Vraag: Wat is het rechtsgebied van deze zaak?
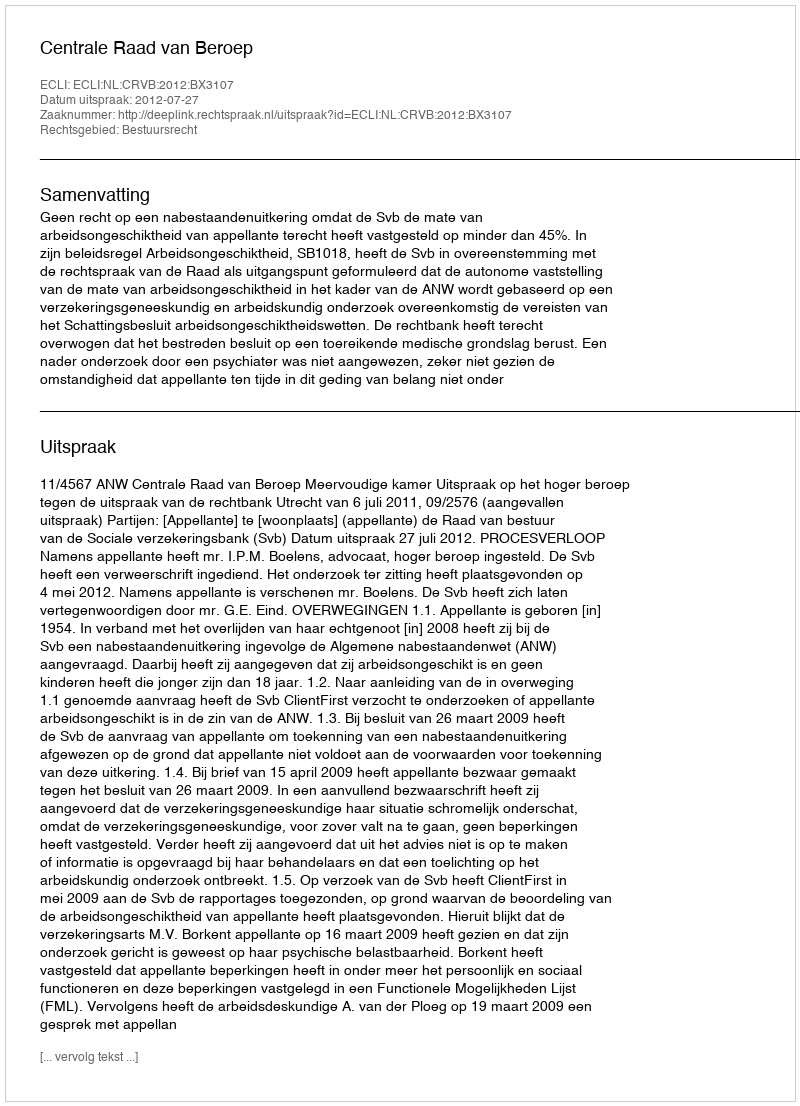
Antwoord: Bestuursrecht